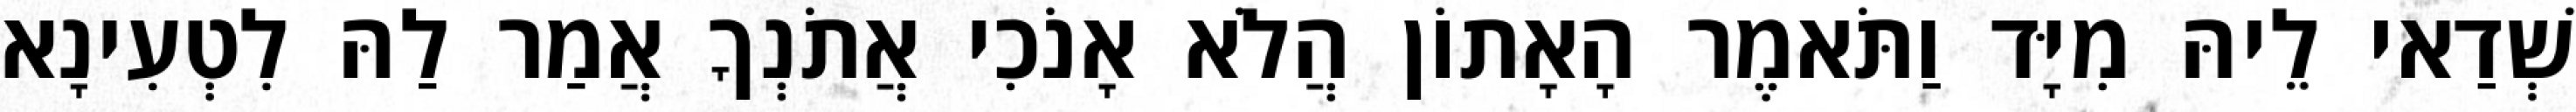
שְׁדַאי לֵיהּ מִיָּד וַתֹּאמֶר הָאָתוֹן הֲלֹא אָנֹכִי אֲתֹנְךָ אֲמַר לַהּ לִטְעִינָא